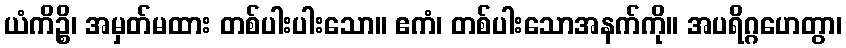
ယံကိဉ္စိ၊ အမှတ်မထား တစ်ပါးပါးသော။ ဧကံ၊ တစ်ပါးသောအနက်ကို။ အပရိဂ္ဂဟေတွာ၊